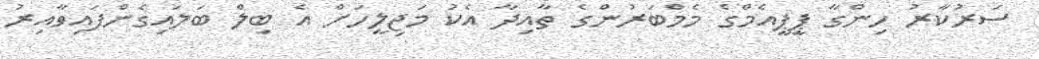
ސަރުކާރު ހިންގާ ޕީޕީއެމްގެ މެމްބަރުންގެ ތާއިދާ އެކު މަޖިލީހަށް އެ ބިލް ބަލައިގެންފައިވާއިރު